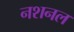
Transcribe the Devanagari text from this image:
नशनल